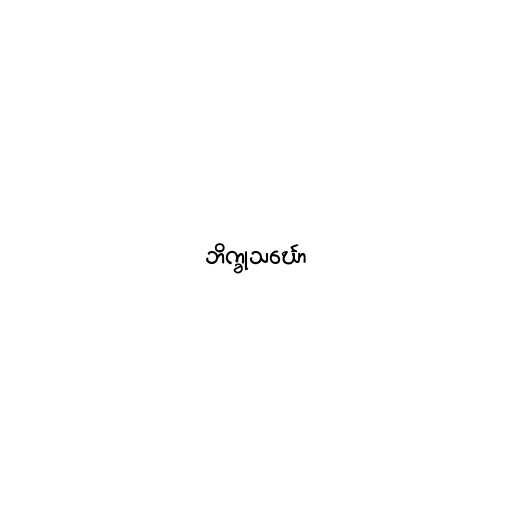
ဘိက္ခုသင်္ဃော